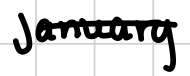
Text: January
Cross-out: single-line
Writing tool: digital_black